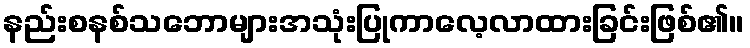
နည်းစနစ်သဘောများအသုံးပြုကာလေ့လာထားခြင်းဖြစ်၏။